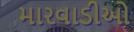
મારવાડીઓ